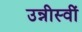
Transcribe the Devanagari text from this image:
उन्नीस्वीं